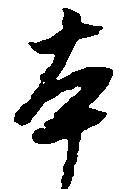
本